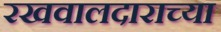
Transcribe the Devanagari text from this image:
रखवालदाराच्या